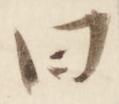
曰